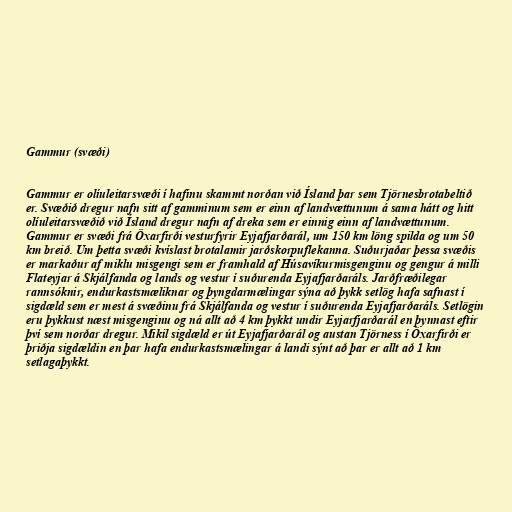
Gammur (svæði)

Gammur er olíuleitarsvæði í hafinu skammt norðan við Ísland þar sem Tjörnesbrotabeltið
er. Svæðið dregur nafn sitt af gamminum sem er einn af landvættunum á sama hátt og hitt
olíuleitarsvæðið við Ísland dregur nafn af dreka sem er einnig einn af landvættunum.
Gammur er svæði frá Öxarfirði vesturfyrir Eyjafjarðarál, um 150 km löng spilda og um 50
km breið. Um þetta svæði kvíslast brotalamir jarðskorpuflekanna. Suðurjaðar þessa svæðis
er markaður af miklu misgengi sem er framhald af Húsavíkurmisgenginu og gengur á milli
Flateyjar á Skjálfanda og lands og vestur í suðurenda Eyjafjarðaráls. Jarðfræðilegar
rannsóknir, endurkastsmæliknar og þyngdarmælingar sýna að þykk setlög hafa safnast í
sigdæld sem er mest á svæðinu frá Skjálfanda og vestur í suðurenda Eyjafjarðaráls. Setlögin
eru þykkust næst misgenginu og ná allt að 4 km þykkt undir Eyjarfjarðarál en þynnast eftir
því sem norðar dregur. Mikil sigdæld er út Eyjafjarðarál og austan Tjörness í Öxarfirði er
þriðja sigdældin en þar hafa endurkastsmælingar á landi sýnt að þar er allt að 1 km
setlagaþykkt.